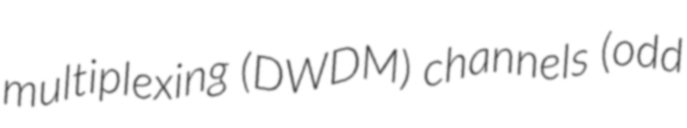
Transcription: multiplexing (DWDM) channels (odd